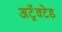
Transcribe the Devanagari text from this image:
अट्रॅक्टेड